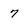
Character: 7